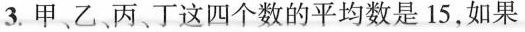
3.甲、乙、丙丁这四个数的平均数是15，如果